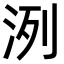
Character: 洌